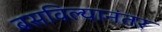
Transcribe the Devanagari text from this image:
बसविल्यानंतर